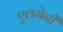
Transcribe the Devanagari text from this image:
एलगेनी